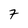
Character: 7